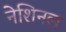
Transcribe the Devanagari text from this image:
नेशिनल